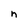
Character: n